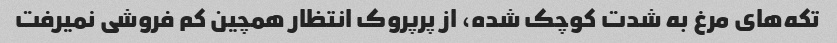
تکه‌های مرغ به شدت کوچک شده، از پرپروک انتظار همچین کم فروشی نمیرفت